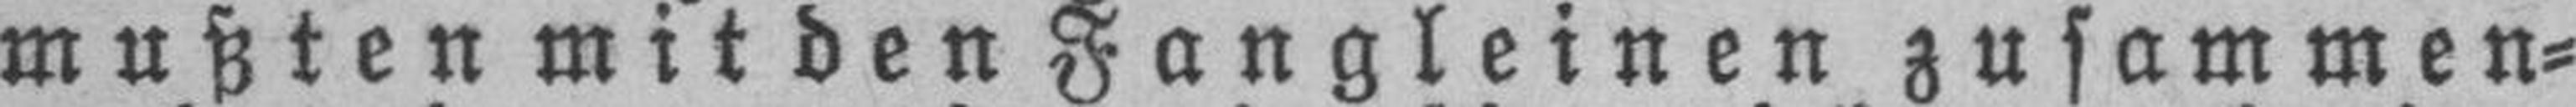
mußten mit den Fangleinen zusammen¬